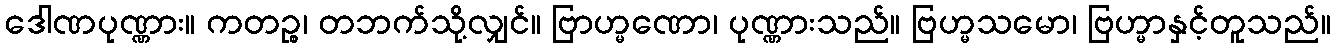
ဒေါဏပုဏ္ဏား။ ကတဉ္စ၊ တဘက်သို့လျှင်။ ဗြာဟ္မဏော၊ ပုဏ္ဏားသည်။ ဗြဟ္မသမော၊ ဗြဟ္မာနှင့်တူသည်။